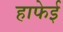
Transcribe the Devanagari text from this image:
हाफेई